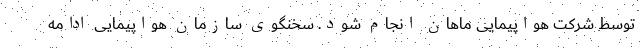
توسط شرکت هواپیمایی ماهان انجام شود. سخنگوی سازمان هواپیمایی ادامه